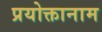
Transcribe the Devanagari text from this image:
प्रयोक्तानाम